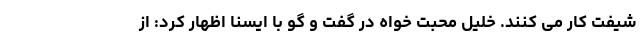
شیفت کار می کنند. خلیل محبت خواه در گفت و گو با ایسنا اظهار کرد: از